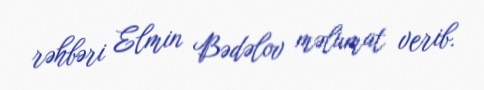
rəhbəri Elmin Bədəlov məlumat verib.